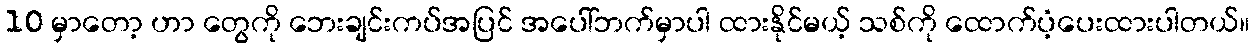
10 မှာတော့ ဟာ တွေကို ဘေးချင်းကပ်အပြင် အပေါ်ဘက်မှာပါ ထားနိုင်မယ့် သစ်ကို ထောက်ပံ့ပေးထားပါတယ်။